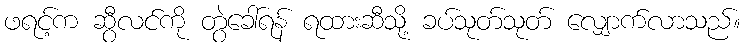
ဖရင့်က ဆွီလင်ကို တွဲခေါ်ရန် ရထားဆီသို့ ခပ်သုတ်သုတ် လျှောက်လာသည်။